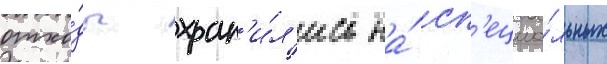
отхо́ды хран'и́л'ись на́ сп'ециа́льных